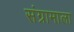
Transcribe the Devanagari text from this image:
संग्रामाला